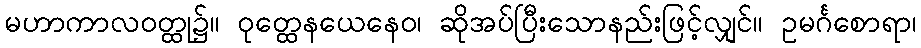
မဟာကာလဝတ္ထု၌။ ဝုတ္ထေနယေနေဝ၊ ဆိုအပ်ပြီးသောနည်းဖြင့်လျှင်။ ဥမင်္ဂစောရာ၊